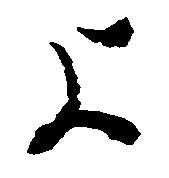
よ